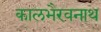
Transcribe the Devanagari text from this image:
कालभैरवनाथ